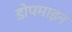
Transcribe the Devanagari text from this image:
डोपमाइन